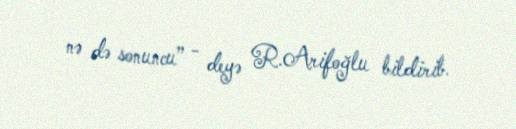
nə də sonuncu” - deyə R.Arifoğlu bildirib.